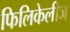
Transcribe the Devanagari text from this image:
फिलिकेलीज